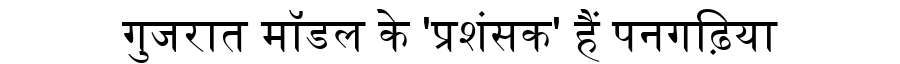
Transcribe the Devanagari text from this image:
गुजरात मॉडल के 'प्रशंसक' हैं पनगढ़िया